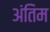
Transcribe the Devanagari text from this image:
अंतिम